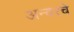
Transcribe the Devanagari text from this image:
अन्वरचे